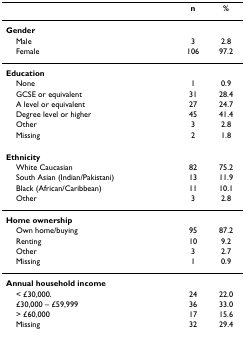
|  | n | % |
 | --- | --- | --- |
 | Gender |  |  |
 | Male | 3 | 2.8 |
 | Female | 106 | 97.2 |
 | Education |  |  |
 | None | 1 | 0.9 |
 | GCSE or equivalent | 31 | 28.4 |
 | A level or equivalent | 27 | 24.7 |
 | Degree level or higher | 45 | 41.4 |
 | Other | 3 | 2.8 |
 | Missing | 2 | 1.8 |
 | Ethnicity |  |  |
 | White Caucasian | 82 | 75.2 |
 | South Asian (Indian/Pakistani) | 13 | 11.9 |
 | Black (African/Caribbean) | 11 | 10.1 |
 | Other | 3 | 2.8 |
 | Home ownership |  |  |
 | Own home/buying | 95 | 87.2 |
 | Renting | 10 | 9.2 |
 | Other | 3 | 2.7 |
 | Missing | 1 | 0.9 |
 | Annual household income |  |  |
 | < £30,000. | 24 | 22.0 |
 | £30,000 – £59,999 | 36 | 33.0 |
 | > £60,000 | 17 | 15.6 |
 | Missing | 32 | 29.4 |